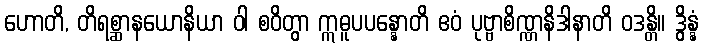
ဟောတိ, တိရစ္ဆာနယောနိယာ ဝါ စဝိတွာ ဣဓူပပန္နောတိ ဧဝံ ပုဗ္ဗာစိဏ္ဏနိဒါနာတိ ဝဒန္တိ။ ဒွိန္နံ